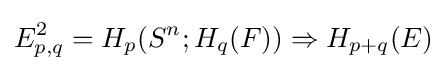
E_{p,q}^{2}=H_{p}(S^{n};H_{q}(F))\Rightarrow H_{p+q}(E)